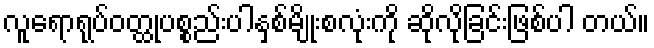
လူရောရုပ်ဝတ္ထုပစ္စည်းပါနှစ်မျိုးစလုံးကို ဆိုလိုခြင်းဖြစ်ပါ တယ်။